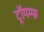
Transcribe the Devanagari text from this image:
ट्रॉयम्फ़